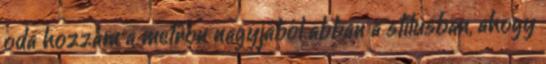
oda hozzám a metrón nagyjából abban a stílusban, ahogy